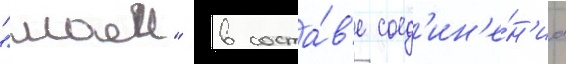
"маеи" в соста́в'е соед'ин'е́н'иа